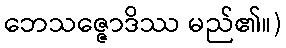
ဘေသဇ္ဇောဒိဿ မည်၏။)